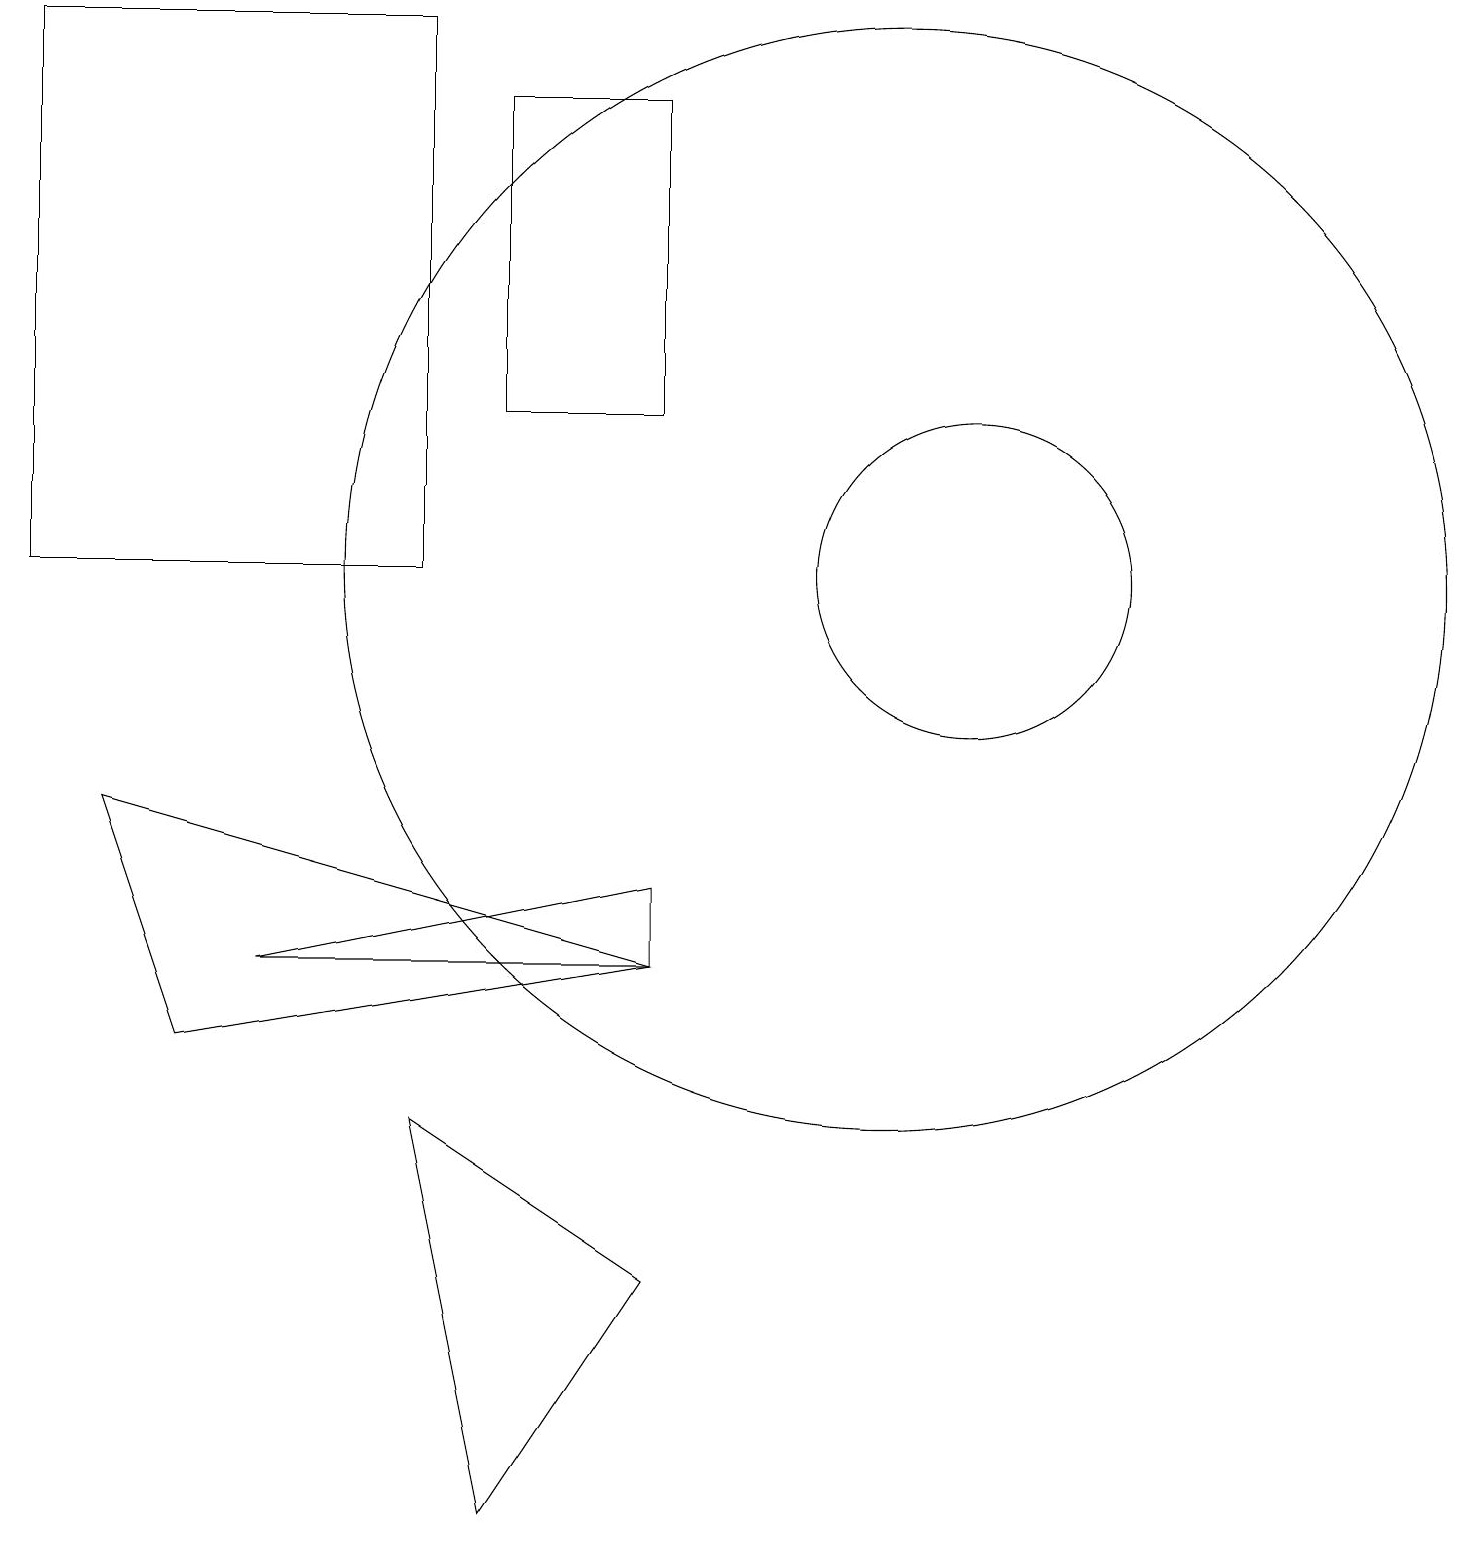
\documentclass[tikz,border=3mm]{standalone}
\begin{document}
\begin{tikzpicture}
\draw (11,12) circle (7);
\draw (8,7) -- (1,9) -- (2,6) -- cycle;
\draw (12,12) circle (2);
\draw (5,5) -- (6,0) -- (8,3) -- cycle;
\draw (5,19) rectangle (0,12);
\draw (8,14) rectangle (6,18);
\draw (8,8) -- (8,7) -- (3,7) -- cycle;
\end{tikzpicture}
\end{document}